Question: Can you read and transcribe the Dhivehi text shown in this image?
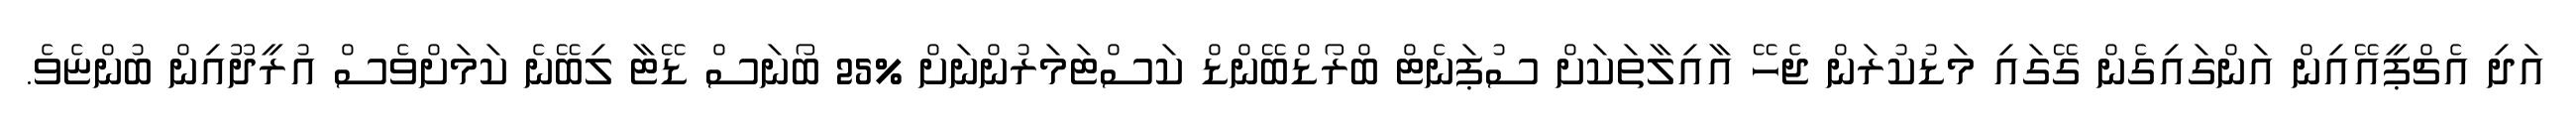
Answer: އަދި އެޗްޕީއޭއިން އަންގައިގެން ގޭގައި މަޑުކުރަން ޖެހޭ އާއިލާތަކަށް ސުޕަނެޓް ބްރޯޑްބޭންޑް ކަސްޓަމަރުންނަށް %25 ބޯނަސް ޑޭޓާ ލިބޭނެ ކަމަށްވެސް އުރީދޫއިން ބުންޏެވެ.